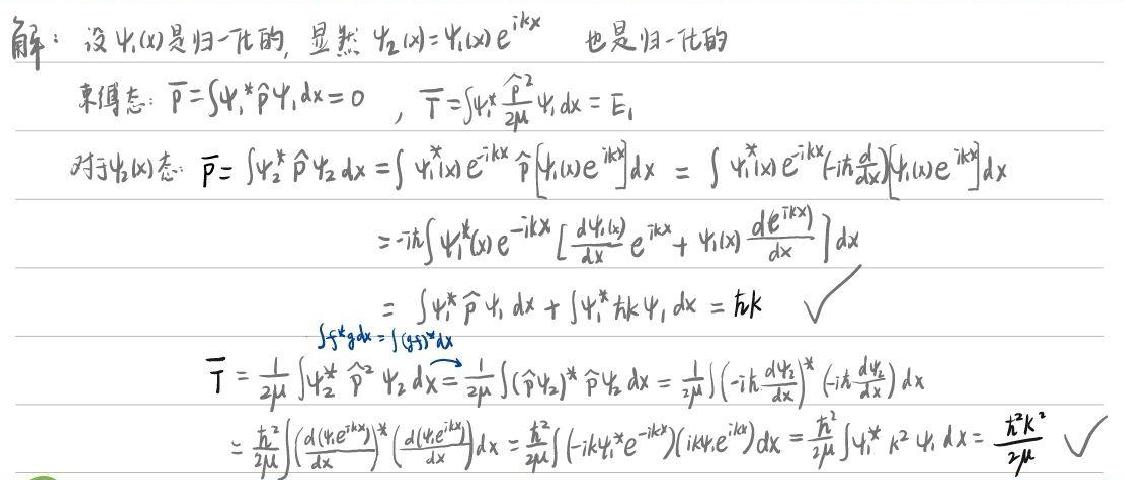
解：设$\psi_1(x)$是归一化的，显然$\psi_2(x)=\psi_1(x)e^{ikx}$也是归一化的
束缚态：$\overline{P}=\int\psi_1^*\hat{P}\psi_1dx = 0$，$\overline{T}=\int\psi_1^*\frac{\hat{P}^2}{2\mu}\psi_1dx = E_1$
对于$\psi_2(x)$态：$\overline{P}=\int\psi_2^*\hat{P}\psi_2dx=\int\psi_1^*(x)e^{-ikx}\hat{P}[\psi_1(x)e^{ikx}]dx=\int\psi_1^*(x)e^{-ikx}(-i\hbar\frac{d}{dx})[\psi_1(x)e^{ikx}]dx$
$=-i\hbar\int\psi_1^*(x)e^{-ikx}[\frac{d\psi_1(x)}{dx}e^{ikx}+\psi_1(x)\frac{de^{ikx}}{dx}]dx$
$=\int\psi_1^*\hat{P}\psi_1dx+\int\psi_1^*\hbar k\psi_1dx=\hbar k$ $\checkmark$
$\int f^*gdx=\int(gf)^*dx$
$\overline{T}=\frac{1}{2\mu}\int\psi_2^*\hat{P}^2\psi_2dx=\frac{1}{2\mu}\int(\hat{P}\psi_2)^*\hat{P}\psi_2dx=\frac{1}{2\mu}\int(-i\hbar\frac{d\psi_2}{dx})^*(-i\hbar\frac{d\psi_2}{dx})dx$
$=\frac{\hbar^2}{2\mu}\int(\frac{d(\psi_1e^{ikx})}{dx})^*(\frac{d(\psi_1e^{ikx})}{dx})dx=\frac{\hbar^2}{2\mu}\int(-ik\psi_1^*e^{-ikx})(ik\psi_1e^{ikx})dx=\frac{\hbar^2}{2\mu}\int\psi_1^*k^2\psi_1dx=\frac{\hbar^2k^2}{2\mu}$ $\checkmark$